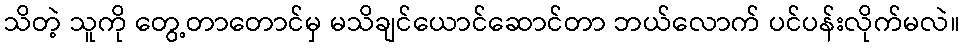
သိတဲ့ သူကို တွေ့တာတောင်မှ မသိချင်ယောင်ဆောင်တာ ဘယ်လောက် ပင်ပန်းလိုက်မလဲ။